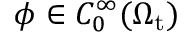
\phi \in C _ { 0 } ^ { \infty } ( \Omega _ { \mathrm { t } } )